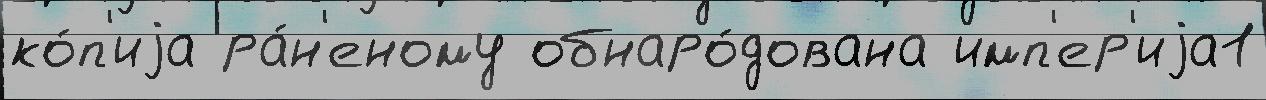
ко́п'иjа ра́н'еному обнаро́дована имп'ер'иjа1